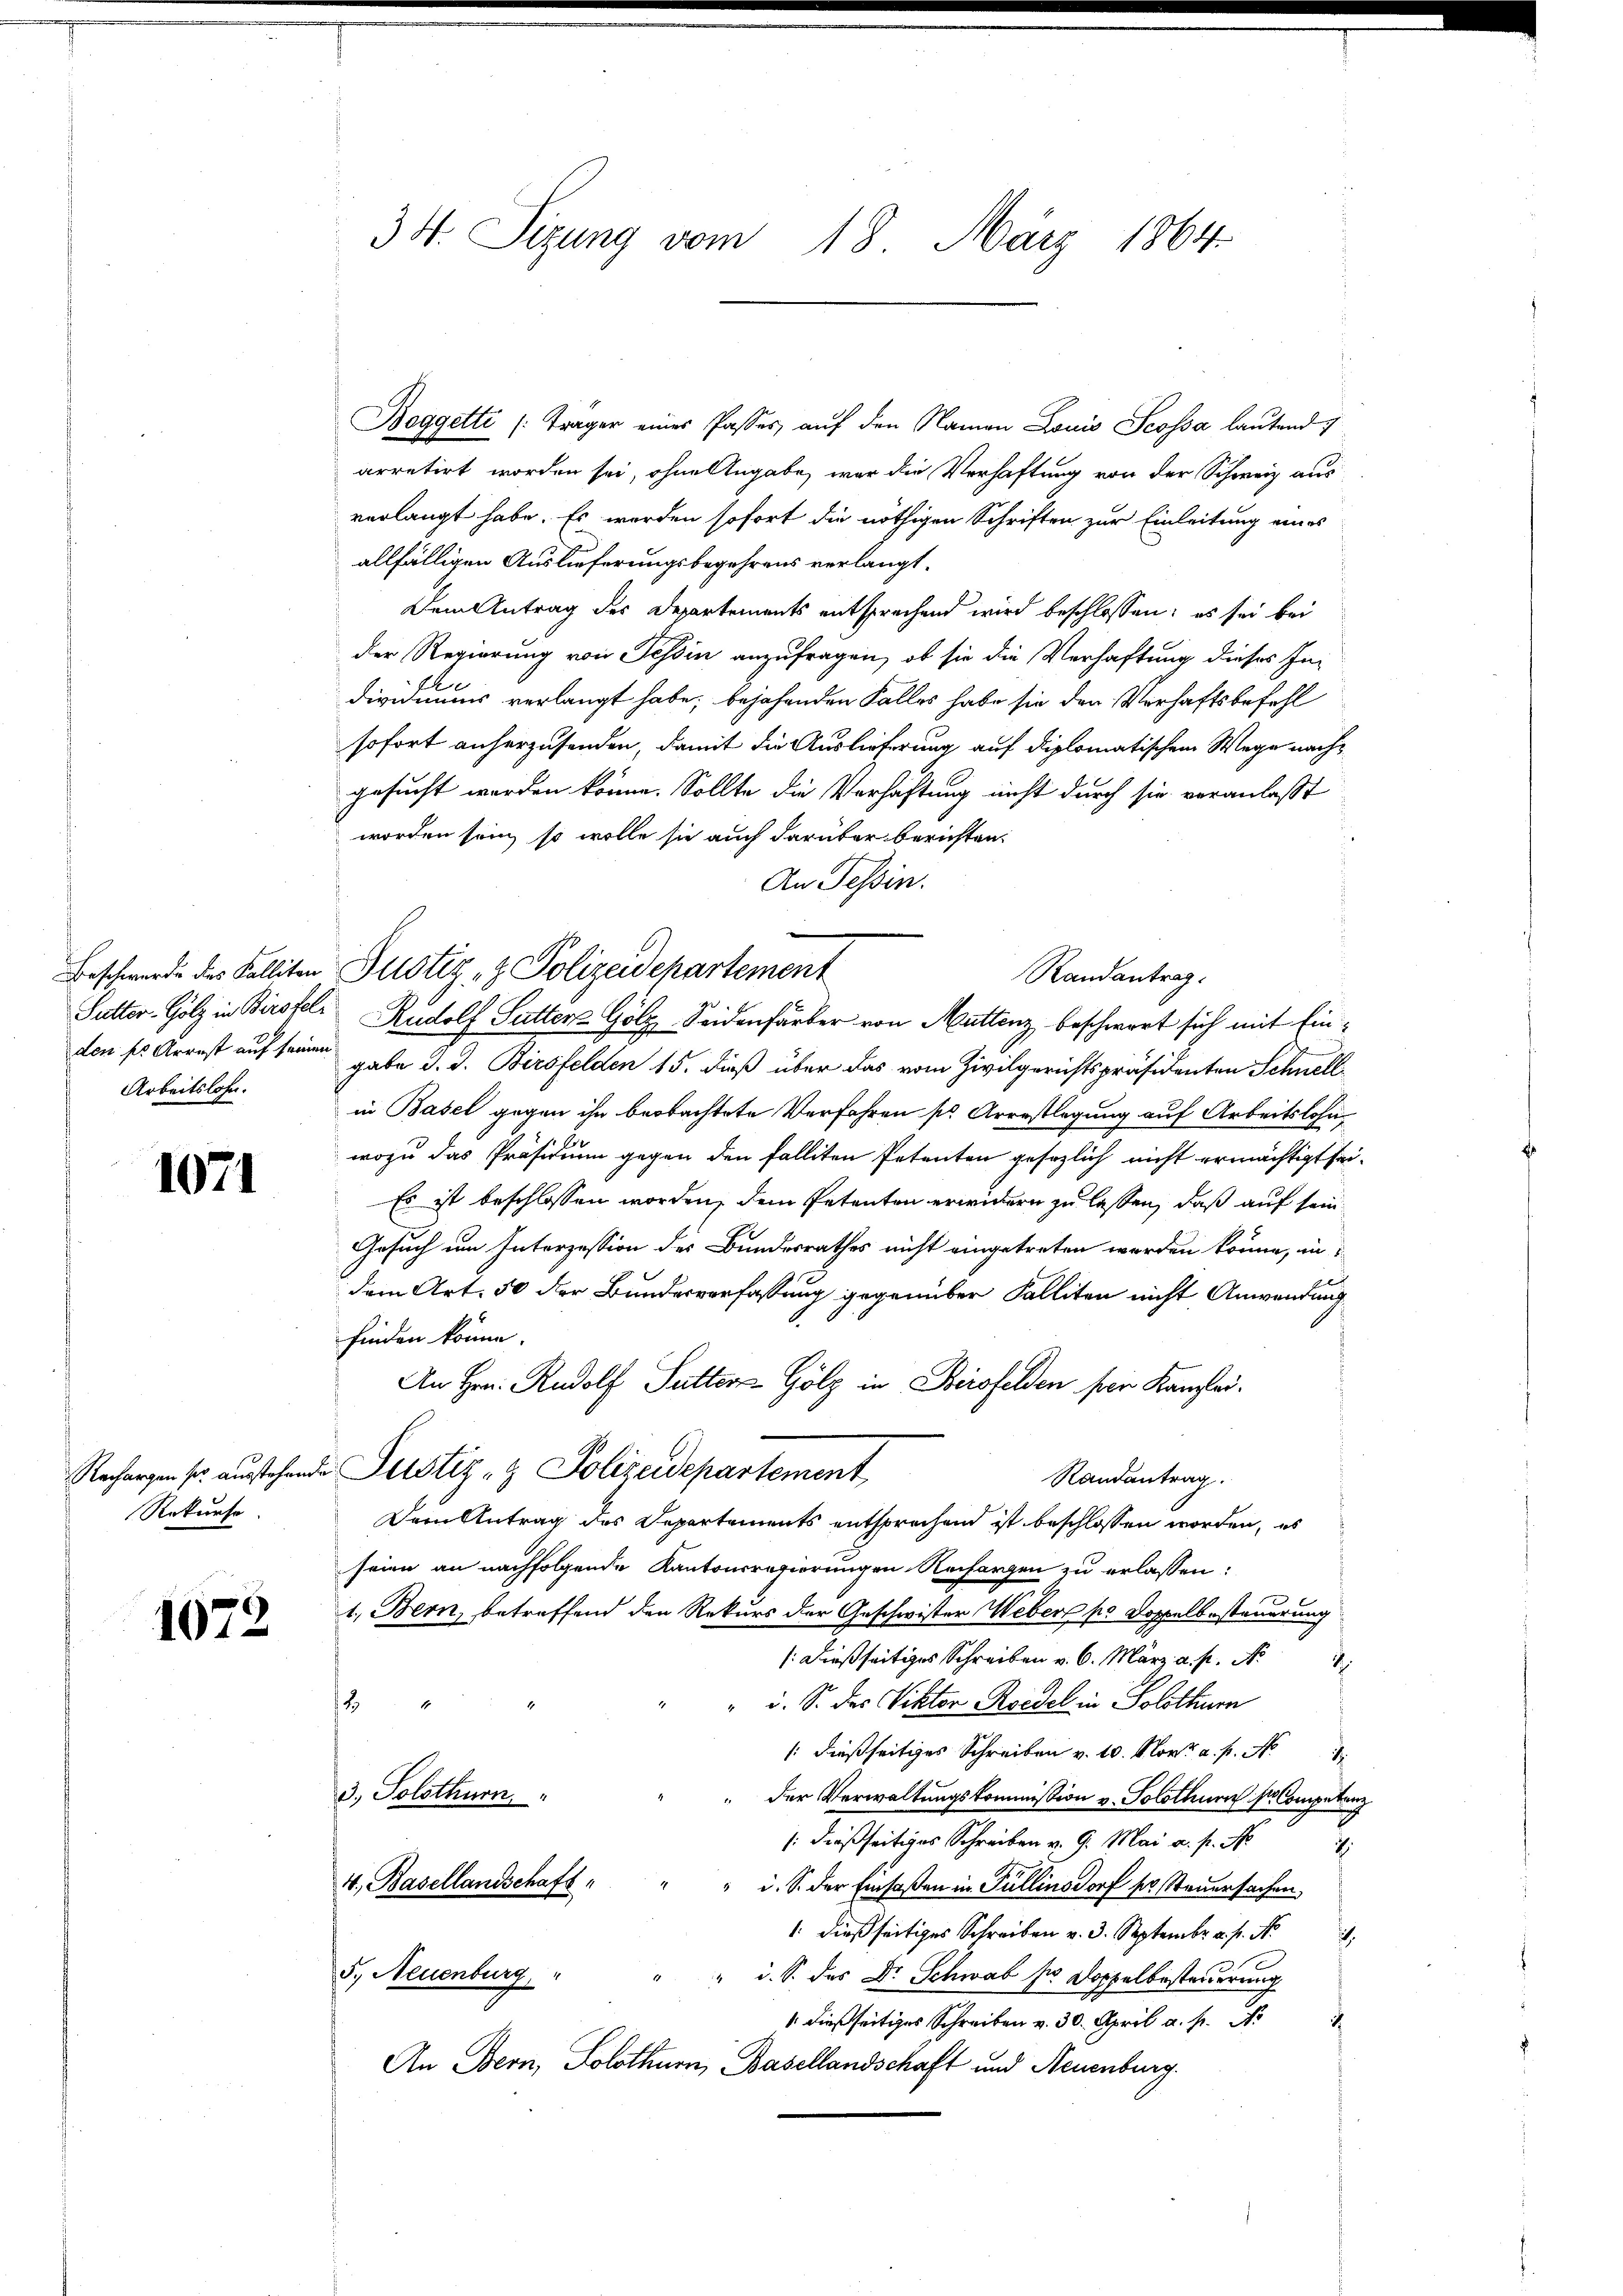
Arbeitslohn.

1071

Rekurse.

1072

34. Sizung vom 18. März 1864.

Beggetti (Trager eines Passes auf den Namen Louis Scossa lautend
arretirt worden sei, ohne Angabe, war die Verhaftung von der Schweiz aus
verlangt habe. Es werden sofort die nöthigen Schriften zur Einleitung eines
allfälligen Auslieferungsbegehrens verlangt.
Dem Antrag des Departements entsprechend wird beschlossen: es sei bei
der Regierung von Tessin anzufragen, ob sie die Verhaftung dieses Individuums verlangt habe; bejahenden Falles habe sie den Verhaftsbefehl
sofort anherzusenden, damit die Auslieferung auf diplomatischem Wege nachgesucht worden könne. Sollte die Verhaftung nicht durch sie veranlaßt
worden sein, so wolle sie auch darüber berichten.
An Tessin.
Sutter- Gölz in Birsfel Rudolf Sutter Gölz Seidenfärber von Muttenz beschwert sich mit Einden ses Arrest auf seinen gabe d. d. Birsfelden 15. dieß über das vom Zivilgerichtspräsidenten Schnell
in Basel gegen ihn beobachtete Verfahren sr. Arrestlegung auf Arbeitslohn
wozu das Präsidium gegen den falliten Petenten gesezlich nicht ermächtigt sei.
Es ist beschlossen worden, dem Petenten erwidern zu lassen, daß auf sein
Gesuch um Interzession des Bundesrathes nicht eingetreten worden könne, in
dem Art. 50 der Bundesverfassung gegenüber Falliten nicht Anwendung
finden könne.
An Hrn. Rudolf Futters Gölz in Birsfelden per Kanzlei¬
Rechargen so ausstehende Justiz & Polizeidepartement
Randantrag.
Der Antrag des Departements entsprochend ist beschlossen worden, es
seien an nachfolgende Kantonsregierungen Rechargen zu erlassen.
1.) Bern, betreffend den Rekurs der Geschwister Webers po Doppelbesteuerung
/: dießseitiges Schreiben v. 6. März a. p. N
.
" u. S. das Viktor Riedel in Solothur
t
/ dießseitiges Schreiben v. 10. Nov. a. p. N
3.) Solothurn,
" der Verwaltungskommission v. Solothurn s. Competenz
/ dießseitiges Schreiben v. 9. Mai a. p. N
4, Basellandschaft " " " i. S. der Einsaßen in Pullinsdorf pr. Steuersachen,
 diese Schr. Sept.
5., Neuenburg, "
" " i. S. des Dr. Schwab so Doppelbestanderung
.
An Bern, Solothurn, Basellandschaft und Neuenburg.

Beschwerde des Kalliten Justiz & Polizeidepartement

Randantrag.